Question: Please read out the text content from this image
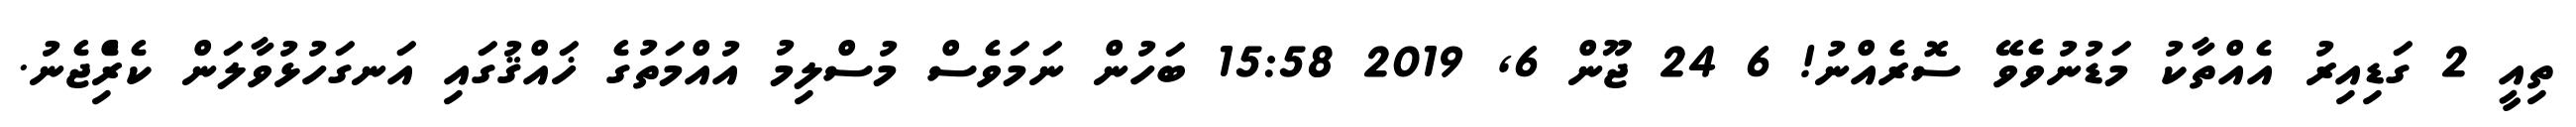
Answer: ތިއީ 2 ގަޑިއިރު އެއްތާކު މަޑުނުވެވޭ ސޮރެއްނު! 6 24 ޖޫން 6, 2019 15:58 ބަހުން ނަމަވެސް މުސްލިމު އުއްމަތުގެ ޚައްޤުގައި އަނގަހުޅުވާލަން ކެރިެްޖެނު.